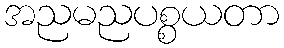
အညမညပစ္စယတာ